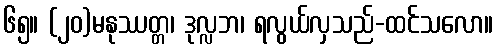
၆၅။ (၂၀)မနုဿတ္တ၊ ဒုလ္လဘ၊ ရလွယ်လှသည်-ထင်သလော။